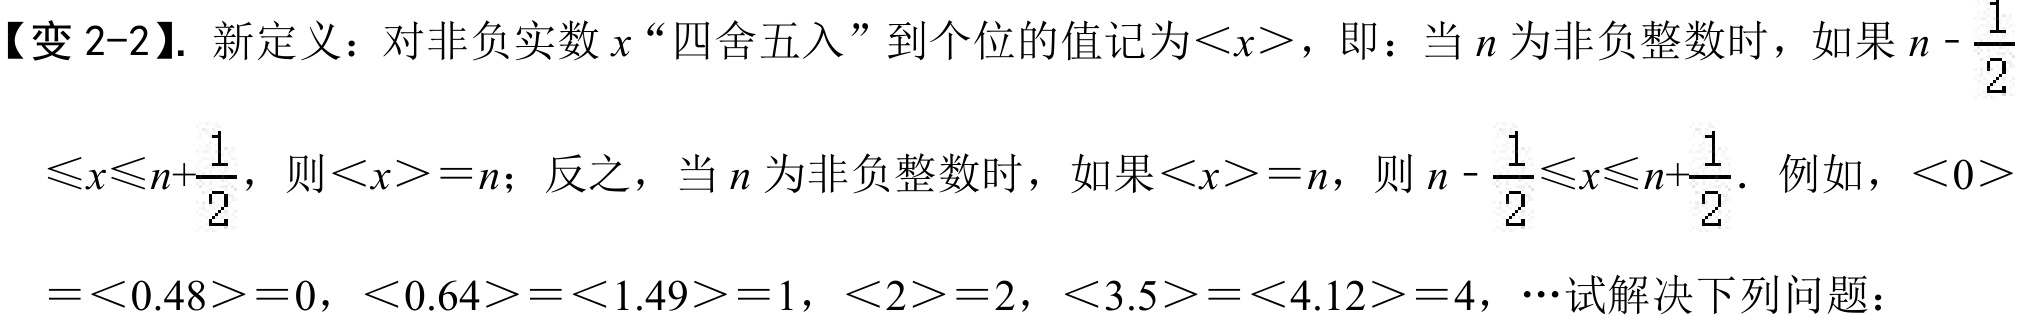
【变2 - 2】. 新定义：对非负实数\(x\)“四舍五入”到个位的值记为\(\langle x\rangle\)，即：当\(n\)为非负整数时，如果\(n-\frac{1}{2}\)
\(\leqslant x\leqslant n + \frac{1}{2}\)，则\(\langle x\rangle=n\)；反之，当\(n\)为非负整数时，如果\(\langle x\rangle=n\)，则\(n-\frac{1}{2}\leqslant x\leqslant n+\frac{1}{2}\). 例如，\(\langle0\rangle\)
\(=\langle0.48\rangle = 0\)，\(\langle0.64\rangle=\langle1.49\rangle = 1\)，\(\langle2\rangle=2\)，\(\langle3.5\rangle=\langle4.12\rangle = 4\)，\(\cdots\)试解决下列问题：